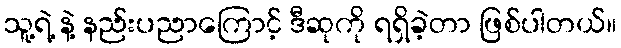
သူ့ရဲ့ နဲ့ နည်းပညာကြောင့် ဒီဆုကို ရရှိခဲ့တာ ဖြစ်ပါတယ်။